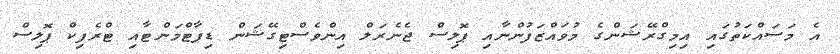
އެ މަސައްކަތުގައި އިމިގްރޭޝަންގެ މުވައްޒަފުންނާއި ޕޮލިސް ޖެނެރަލް އިންވެސްޓިގޭޝަން ޑިޕާޓްމަންޓާއި ޓްރެފިކް ޕޮލިސް